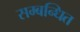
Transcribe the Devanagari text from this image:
सम्‍बन्‍धित